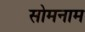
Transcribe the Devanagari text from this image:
सोमनाम